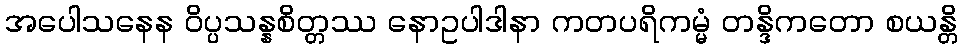
အပေါသနေန ဝိပ္ပသန္နစိတ္တဿ နောဥပါဒါနာ ကတပရိကမ္မံ တန္ဒိကတော စယန္တိ